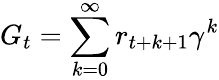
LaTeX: G_{t}=\sum_{k=0}^{\infty}r_{t+k+1}\gamma^{k}